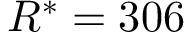
R ^ { * } = 3 0 6